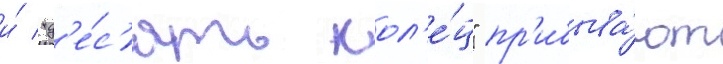
и́ "д'е́с'ять кол'е́ц" пр'ибыва́ют